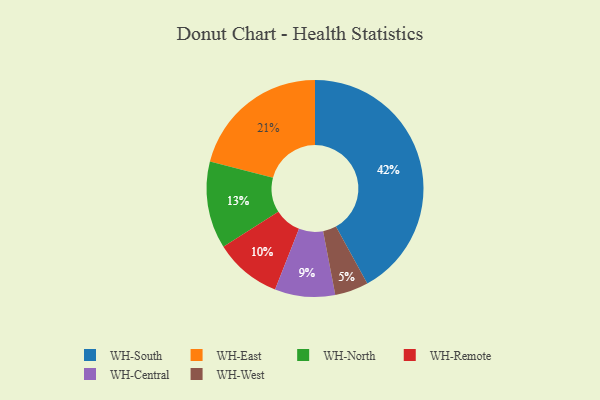
{"axis": {"x": "Category", "y": "Percentage"}, "legend": ["WH-Central", "WH-East", "WH-North", "WH-Remote", "WH-South", "WH-West"], "data": [{"x": "WH-Remote", "y": 10, "type": "WH-Remote"}, {"x": "WH-North", "y": 13, "type": "WH-North"}, {"x": "WH-Central", "y": 9, "type": "WH-Central"}, {"x": "WH-East", "y": 21, "type": "WH-East"}, {"x": "WH-South", "y": 42, "type": "WH-South"}, {"x": "WH-West", "y": 5, "type": "WH-West"}]}